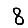
Digit: 8